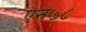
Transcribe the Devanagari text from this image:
एन७८